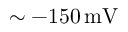
\sim - 1 5 0 \, \mathrm { m V }